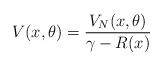
LaTeX: \begin{align*}V(x,\theta) = \dfrac{V_N(x,\theta)}{\gamma - R(x)}\end{align*}